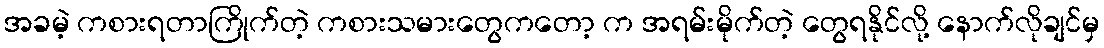
အခမဲ့ ကစားရတာကြိုက်တဲ့ ကစားသမားတွေကတော့ က အရမ်းမိုက်တဲ့ တွေရနိုင်လို့ နောက်လိုချင်မှ